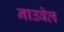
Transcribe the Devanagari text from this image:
नाउवेल